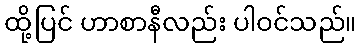
ထို့ပြင် ဟာစာနီလည်း ပါဝင်သည်။